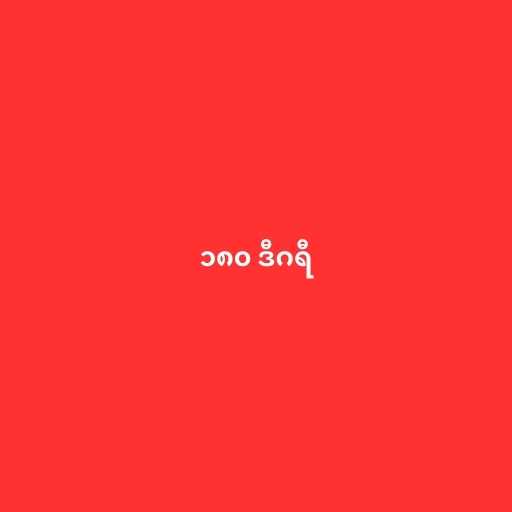
၁၈၀ ဒီဂရီ